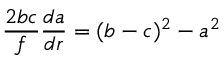
\frac { 2 b c } { f } \frac { d a } { d r } = ( b - c ) ^ { 2 } - a ^ { 2 }